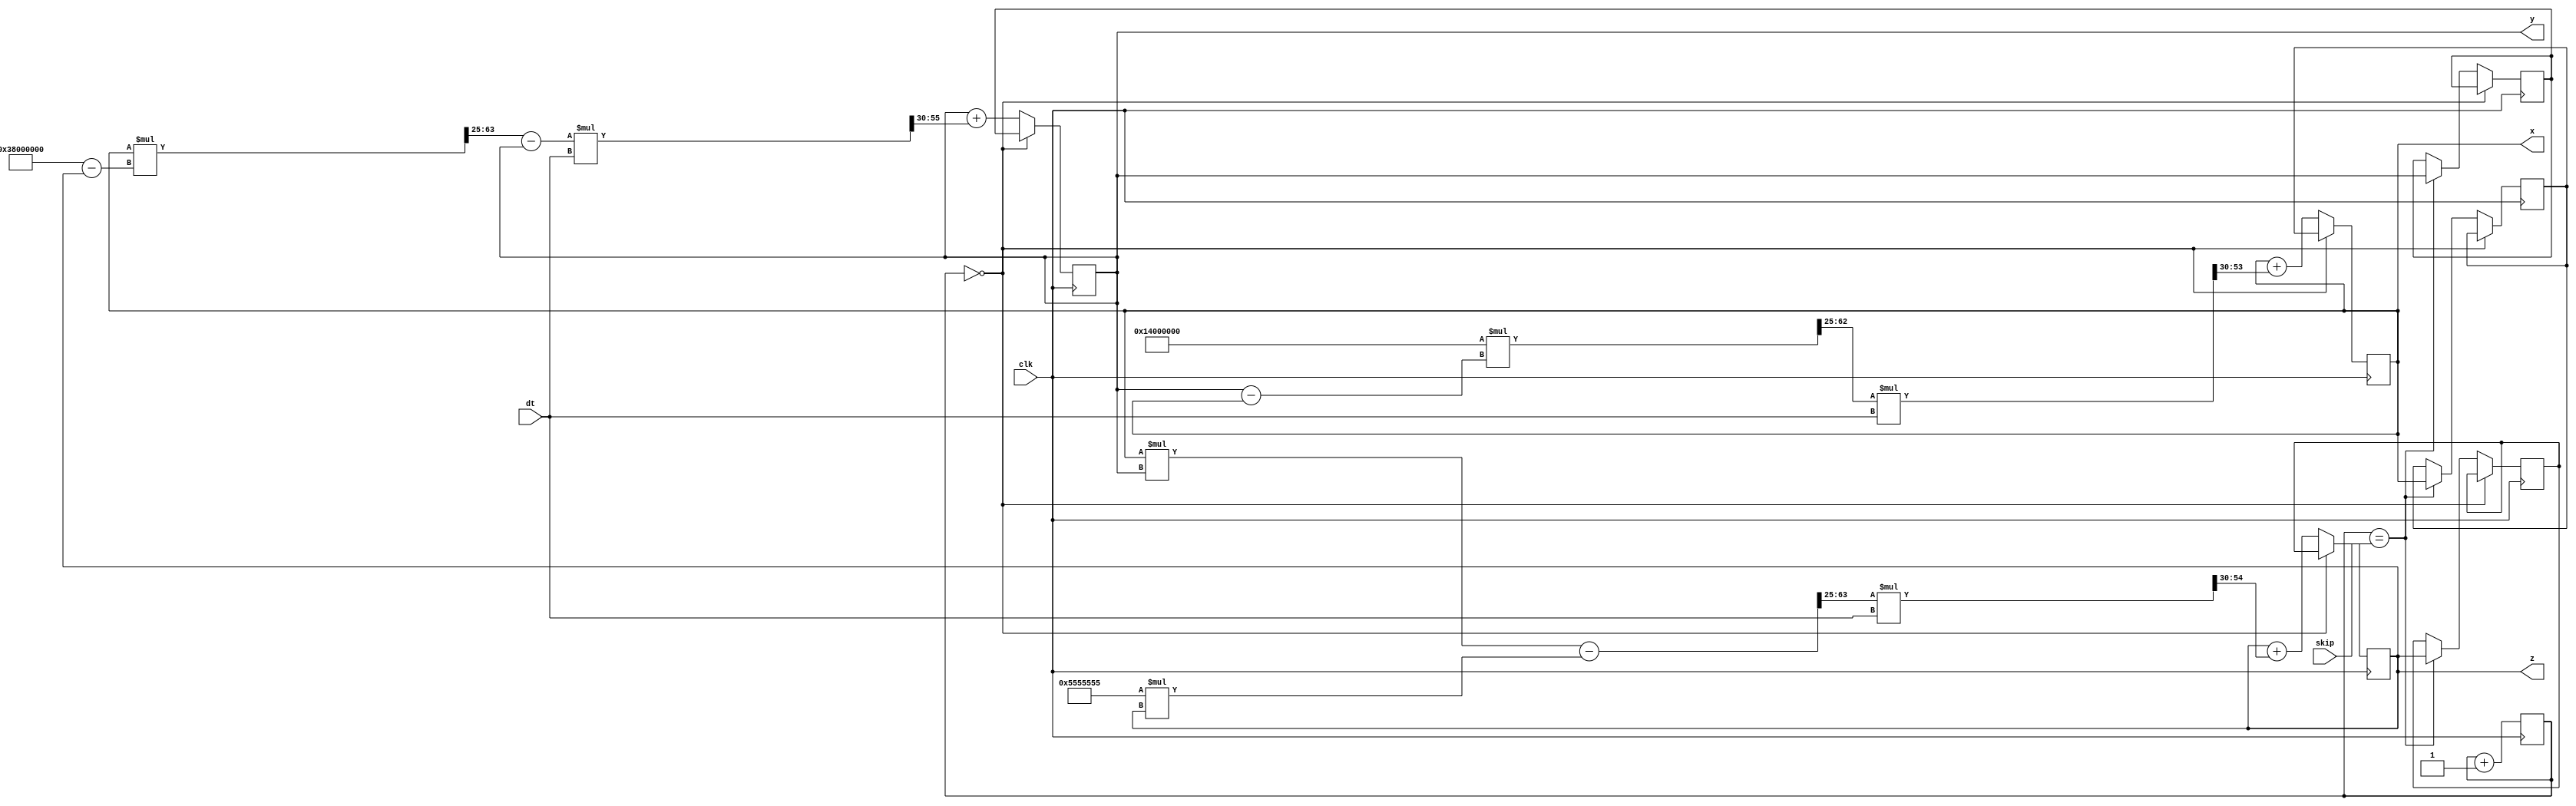
// Variable range (alpha = 10, beta = 8/3, rho = 28):
// X: [-19.2, 19.6]
// Y: [-26.5, 27.2]
// Z: [0.9, 47.9]

module Lorenz (clk, dt, skip, x, y, z);
    parameter integerBits   = 6;
    parameter fractionBits  = 25;
    parameter dtBits        = 16;
    parameter dtShift       = 30;
    parameter iteratorBits  = 16;
    parameter signed [integerBits + fractionBits : 0] sigma  =        10.0 * (2.0 ** $itor(fractionBits));
    parameter signed [integerBits + fractionBits : 0] beta   = (8.0 / 3.0) * (2.0 ** $itor(fractionBits));
    parameter signed [integerBits + fractionBits : 0] rho    =        28.0 * (2.0 ** $itor(fractionBits));
    parameter signed [integerBits + fractionBits : 0] startX =         8.0 * (2.0 ** fractionBits);
    parameter signed [integerBits + fractionBits : 0] startY =         8.0 * (2.0 ** fractionBits);
    parameter signed [integerBits + fractionBits : 0] startZ =        27.0 * (2.0 ** fractionBits);    

    localparam totalBits = 1 + integerBits + fractionBits;
   
    input  wire clk;
    input  wire signed [dtBits       - 1 : 0] dt;
    input  wire        [iteratorBits - 1 : 0] skip;
    output reg  signed [totalBits    - 1 : 0] x = startX;
    output reg  signed [totalBits    - 1 : 0] y = startY;
    output reg  signed [totalBits    - 1 : 0] z = startZ;

    reg        [iteratorBits  - 1 : 0] iterator = 0;
    reg signed [totalBits     - 1 : 0] a        = startX;
    reg signed [totalBits     - 1 : 0] b        = startY;
    reg signed [totalBits     - 1 : 0] c        = startZ;
    reg signed [totalBits * 2 - 1 : 0] dxdt     = 0;
    reg signed [totalBits * 2 - 1 : 0] dydt     = 0;
    reg signed [totalBits * 2 - 1 : 0] dzdt     = 0;

    always @(posedge clk)
    begin
        iterator <= iterator + 1;    
       
        if (!iterator)
        begin
            x = a;
            y = b;
            z = c;
        end
        else
        begin
            if (iterator == skip)
            begin
                a = x;
                b = y;
                c = z;
            end

            dxdt = (sigma * (y - x)) >>> fractionBits;
            dydt = ((x * (rho - z)) >>> fractionBits) - y;
            dzdt = (x * y - beta * z) >>> fractionBits;

            x = x + ((dxdt * dt) >>> dtShift);
            y = y + ((dydt * dt) >>> dtShift);
            z = z + ((dzdt * dt) >>> dtShift);
        end
    end
endmodule